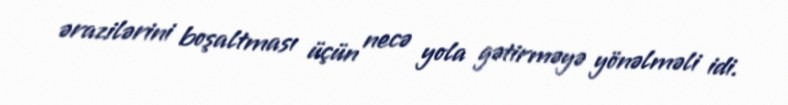
ərazilərini boşaltması üçün necə yola gətirməyə yönəlməli idi.